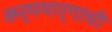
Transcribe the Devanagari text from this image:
कर्ममार्गाची